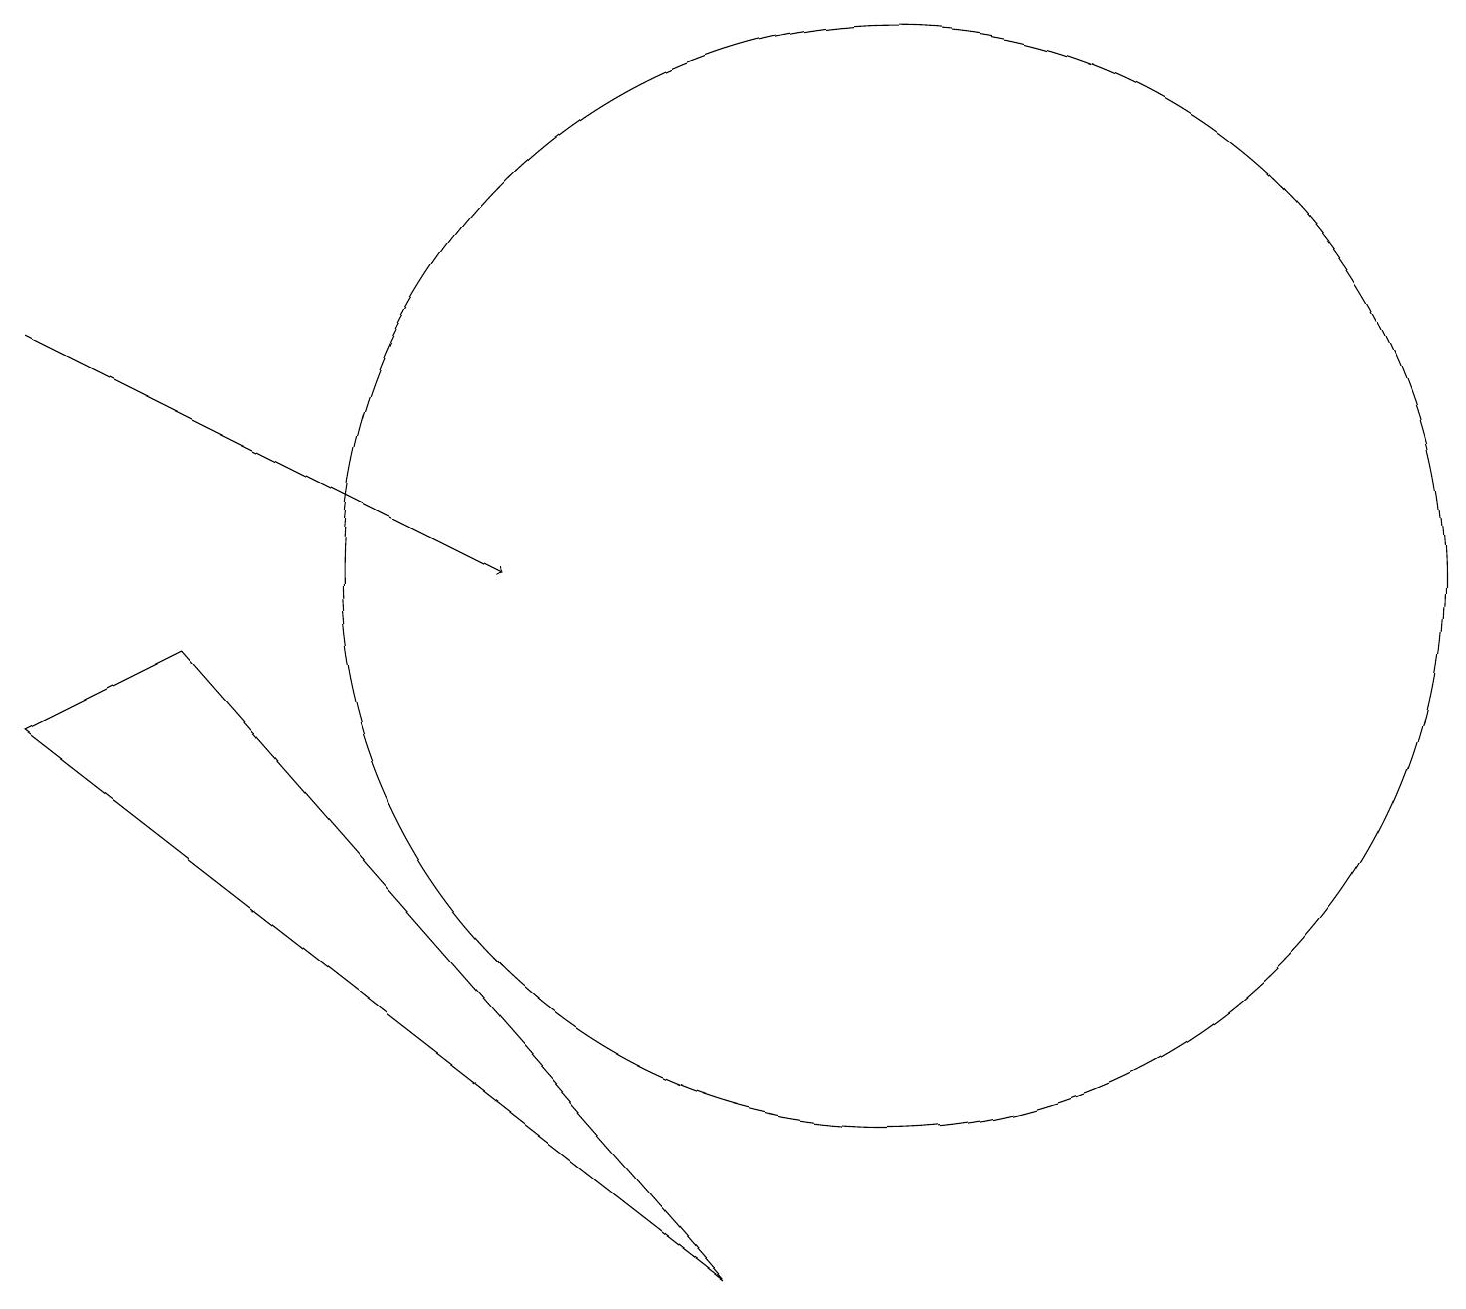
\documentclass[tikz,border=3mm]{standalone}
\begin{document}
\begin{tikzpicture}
\draw (2,9) -- (9,1) -- (0,8) -- cycle;
\draw (11,10) circle (7);
\draw[->] (0,13) -- (6,10);
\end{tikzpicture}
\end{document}